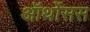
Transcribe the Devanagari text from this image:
ऑर्थोसस